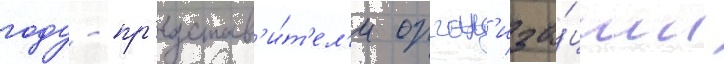
году - пр'едстав'и́т'ел'и орган'иза́ции